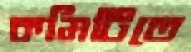
কমিটিতে